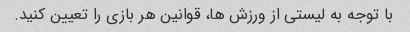
با توجه به لیستی از ورزش ها، قوانین هر بازی را تعیین کنید.